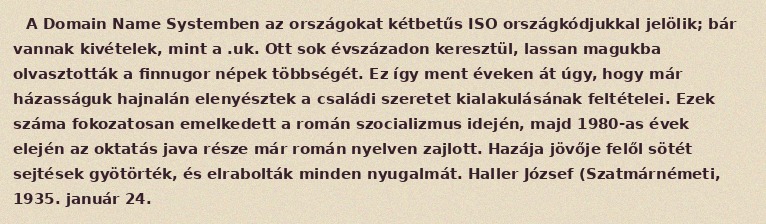
A Domain Name Systemben az országokat kétbetűs ISO országkódjukkal jelölik; bár vannak kivételek, mint a .uk. Ott sok évszázadon keresztül, lassan magukba olvasztották a finnugor népek többségét. Ez így ment éveken át úgy, hogy már házasságuk hajnalán elenyésztek a családi szeretet kialakulásának feltételei. Ezek száma fokozatosan emelkedett a román szocializmus idején, majd 1980-as évek elején az oktatás java része már román nyelven zajlott. Hazája jövője felől sötét sejtések gyötörték, és elrabolták minden nyugalmát. Haller József (Szatmárnémeti, 1935. január 24.